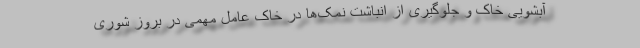
آبشویی خاک و جلوگیری از انباشت نمک‌ها در خاک عامل مهمی در بروز شوری